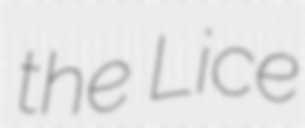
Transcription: the Lice